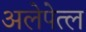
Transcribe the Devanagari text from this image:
अलेपेत्ल